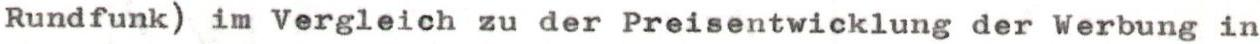
Rundfunk) im Vergleich zu der Preisentwicklung der Werbung in